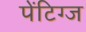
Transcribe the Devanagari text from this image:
पेंटिग्ज